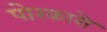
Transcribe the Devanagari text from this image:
पोरकारो